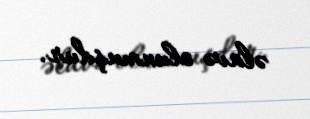
əlavə olunmuşdur.